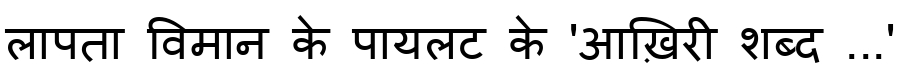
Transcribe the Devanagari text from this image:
लापता विमान के पायलट के 'आख़िरी शब्द ...'